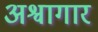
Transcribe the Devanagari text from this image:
अश्वागार